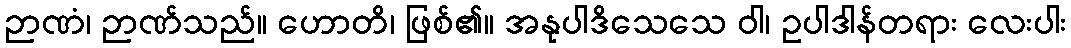
ဉာဏံ၊ ဉာဏ်သည်။ ဟောတိ၊ ဖြစ်၏။ အနုပါဒိသေသေ ဝါ၊ ဥပါဒါန်တရား လေးပါး